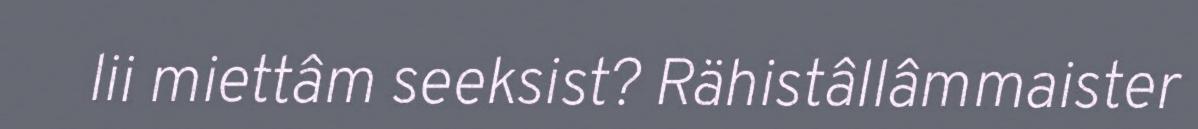
lii miettâm seeksist? Rähistâllâmmaister